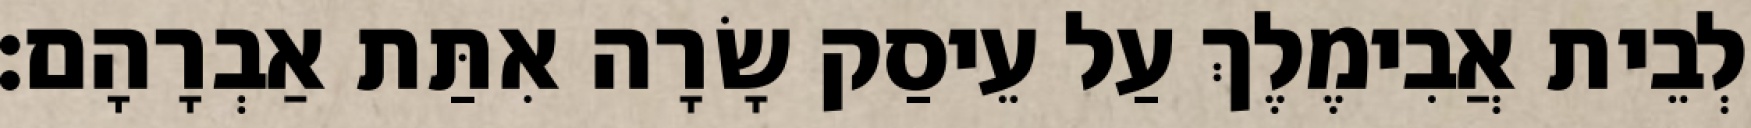
לְבֵית אֲבִימֶלֶךְ עַל עֵיסַק שָׂרָה אִתַּת אַבְרָהָם׃